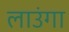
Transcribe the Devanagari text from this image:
लाउंगा